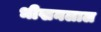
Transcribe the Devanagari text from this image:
भीखनलाल